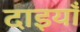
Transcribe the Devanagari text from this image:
दाइयाँ